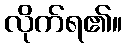
လိုက်ရ၏။